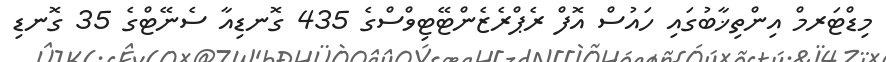
މިޑްޓަރމް އިންތިޚާބުގައި ހައުސް އޮފް ރެޕްރެޒެންޓޭޓިވްސްގެ 435 ގޮނޑިއާ ސެނޭޓްގެ 35 ގޮނޑި